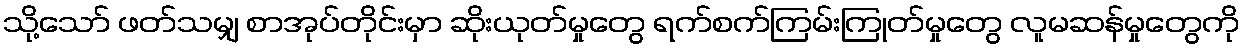
သို့သော် ဖတ်သမျှ စာအုပ်တိုင်းမှာ ဆိုးယုတ်မှုတွေ ရက်စက်ကြမ်းကြုတ်မှုတွေ လူမဆန်မှုတွေကို